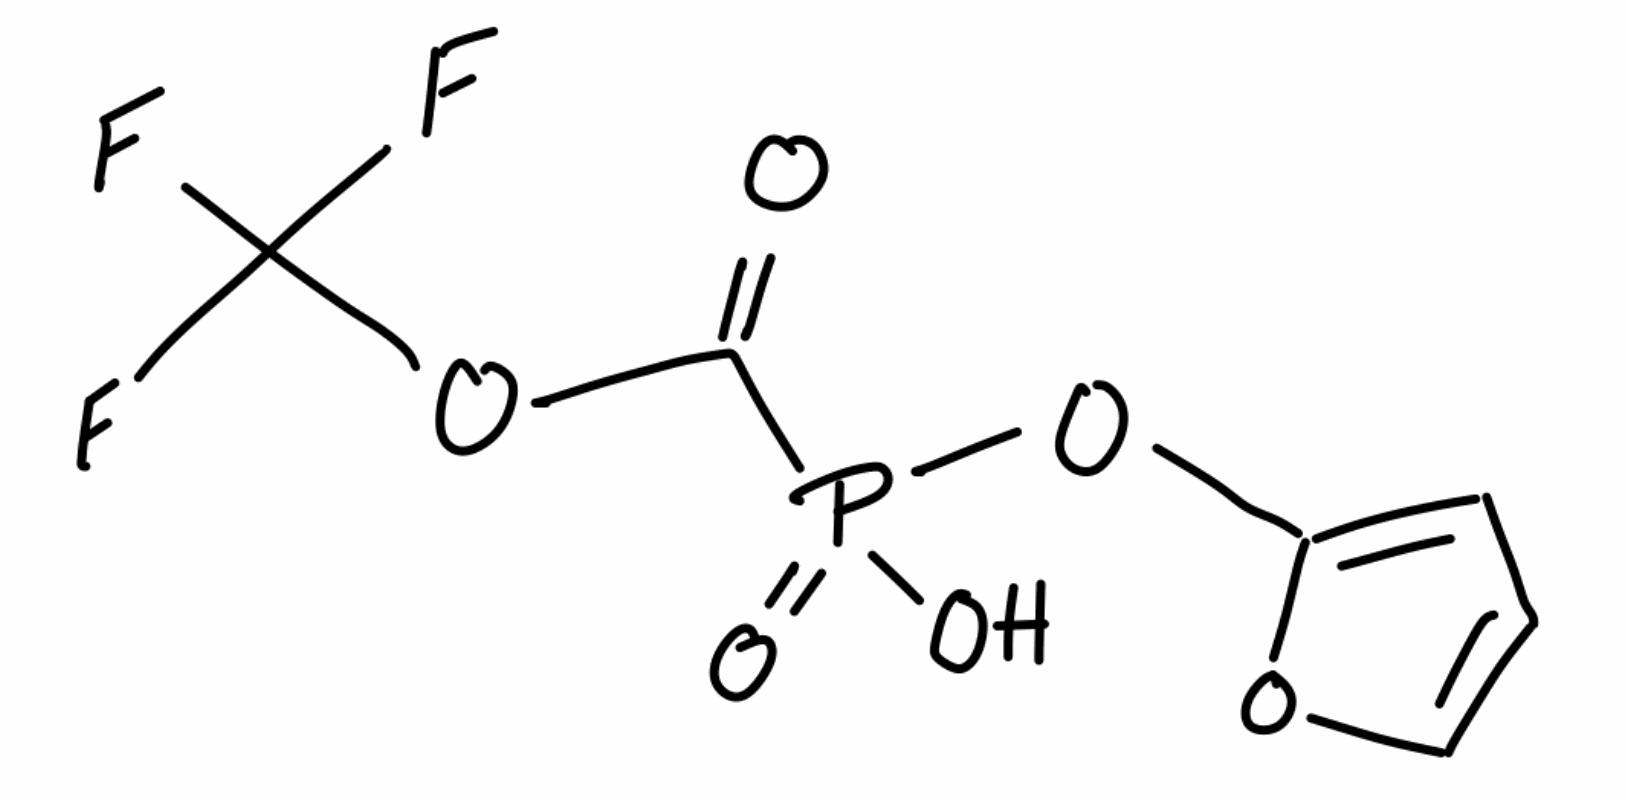
Simplified molecular-input line-entry system (SMILES) notation of the given molecule:
C1=COC(=C1)OP(=O)(C(=O)OC(F)(F)F)O